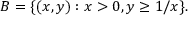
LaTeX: B = \{ ( x , y ) : x > 0 , y \geq 1 / x \} .